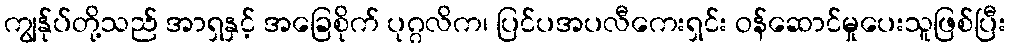
ကျွန်ုပ်တို့သည် အာရှနှင့် အခြေစိုက် ပုဂ္ဂလိက၊ ပြင်ပအပလီကေးရှင်း ဝန်ဆောင်မှုပေးသူဖြစ်ပြီး